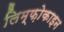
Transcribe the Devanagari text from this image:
लिम्फ़ोकाइन